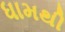
ધામથી